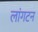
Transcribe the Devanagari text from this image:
लांगटन